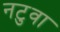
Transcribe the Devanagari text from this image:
नटुवा